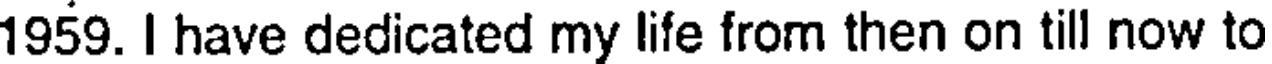
1959. I have dedicated my life from then on till now to